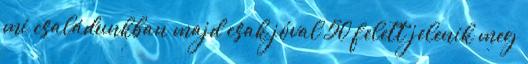
mi családunkban majd csak jóval 50 felett jelenik meg